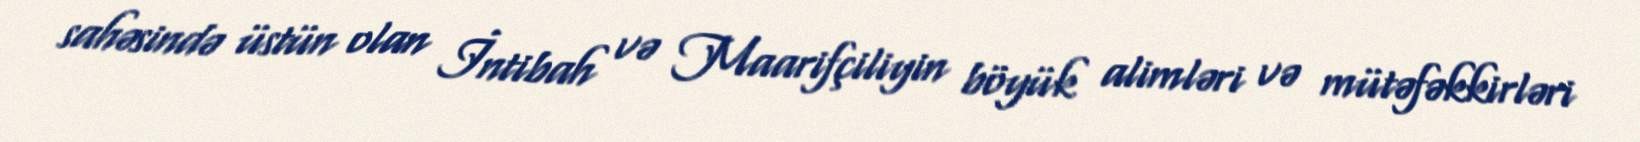
sahəsində üstün olan İntibah və Maarifçiliyin böyük alimləri və mütəfəkkirləri